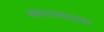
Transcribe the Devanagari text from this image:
मानसमासाद्य